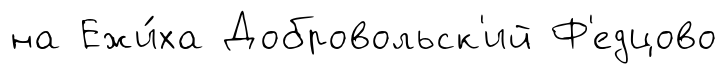
на Ежи́ха Добровольск'ий Ф'едцово